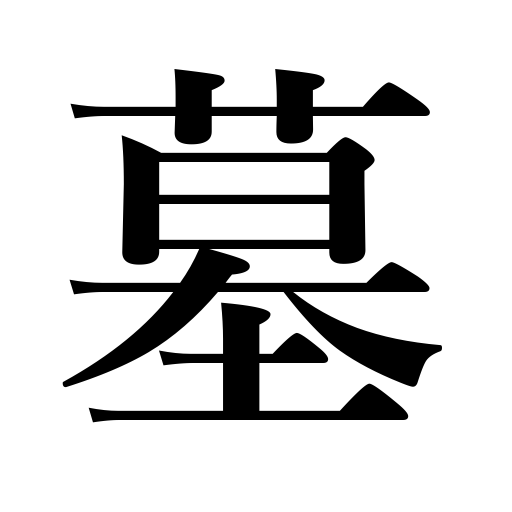
Meanings: tomb,grave